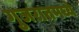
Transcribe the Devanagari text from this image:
गुजरातमघ्ये